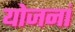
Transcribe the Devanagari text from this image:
योजनां